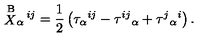
\stackrel { \mathrm { B } } { X } _ { \alpha } { } ^ { \! i j } = \frac { 1 } { 2 } \left( \tau _ { \alpha } { } ^ { i j } - \tau ^ { i j } { } _ { \alpha } + \tau ^ { j } { } _ { \alpha } { } ^ { i } \right) .